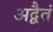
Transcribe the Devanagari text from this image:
अद्वैतं